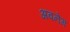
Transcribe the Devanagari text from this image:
अवनेग